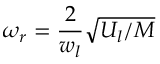
\omega _ { r } = \frac { 2 } { w _ { l } } \sqrt { U _ { l } / M }